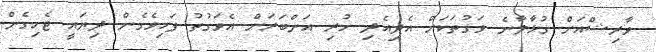
ވާރިޝްއަށް ގުޅާލާނެ ވަގުތަކަށް އެދިއެދި ހުރި އަންބަރަށް އެވަގުތު ފަހިވެގެން ދިޔައީ ޖެހިގެން